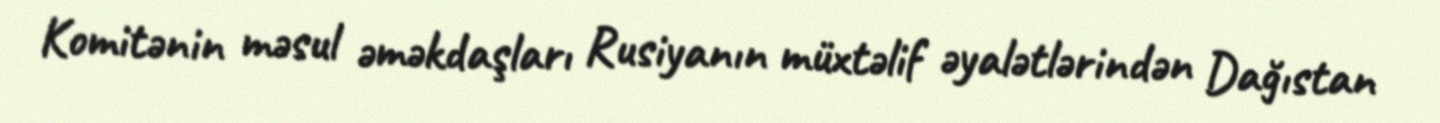
Komitənin məsul əməkdaşları Rusiyanın müxtəlif əyalətlərindən Dağıstan